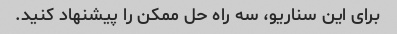
برای این سناریو، سه راه حل ممکن را پیشنهاد کنید.